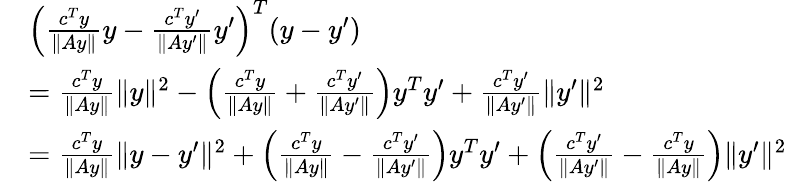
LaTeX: \begin{array}{rl}&{\left(\frac{c^{T}y}{\| Ay\| }y-\frac{c^{T}y^{\prime}}{\| Ay^{\prime}\| }y^{\prime}\right)^{T}(y-y^{\prime})}\\ &{=\frac{c^{T}y}{\| Ay\| }\| y\| ^{2}-\left(\frac{c^{T}y}{\| Ay\| }+\frac{c^{T}y^{\prime}}{\| Ay^{\prime}\| }\right)y^{T}y^{\prime}+\frac{c^{T}y^{\prime}}{\| Ay^{\prime}\| }\| y^{\prime}\| ^{2}}\\ &{=\frac{c^{T}y}{\| Ay\| }\| y-y^{\prime}\| ^{2}+\left(\frac{c^{T}y}{\| Ay\| }-\frac{c^{T}y^{\prime}}{\| Ay^{\prime}\| }\right)y^{T}y^{\prime}+\left(\frac{c^{T}y^{\prime}}{\| Ay^{\prime}\| }-\frac{c^{T}y}{\| Ay\| }\right)\| y^{\prime}\| ^{2}}\end{array}